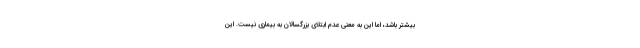
بیشتر باشد، اما این به معنی عدم ابتلای بزرگسالان به بیماری نیست. این